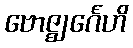
ဗောဇ္ဈင်္ဂေဟိ